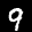
Label: 9